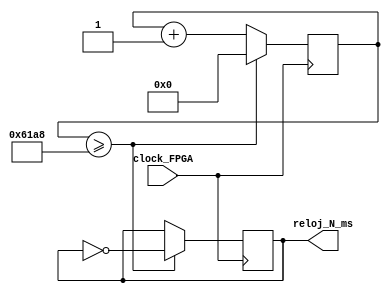
module reloj_ms(clock_FPGA, reloj_N_ms);
	parameter CANT_MS = 1;
	
	input clock_FPGA;
	output reg reloj_N_ms;
	
	reg [14:0] contador;
	initial contador = 0;
	initial reloj_N_ms = 0;
	
	always@ (posedge clock_FPGA)
	begin
		if (contador >= CANT_MS*25000)
		begin
			contador = 0;
			reloj_N_ms = ~reloj_N_ms;
		end
		else 
			contador = contador +1;
	end


endmodule